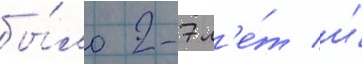
бы́ло 2-7 л'е́т и́